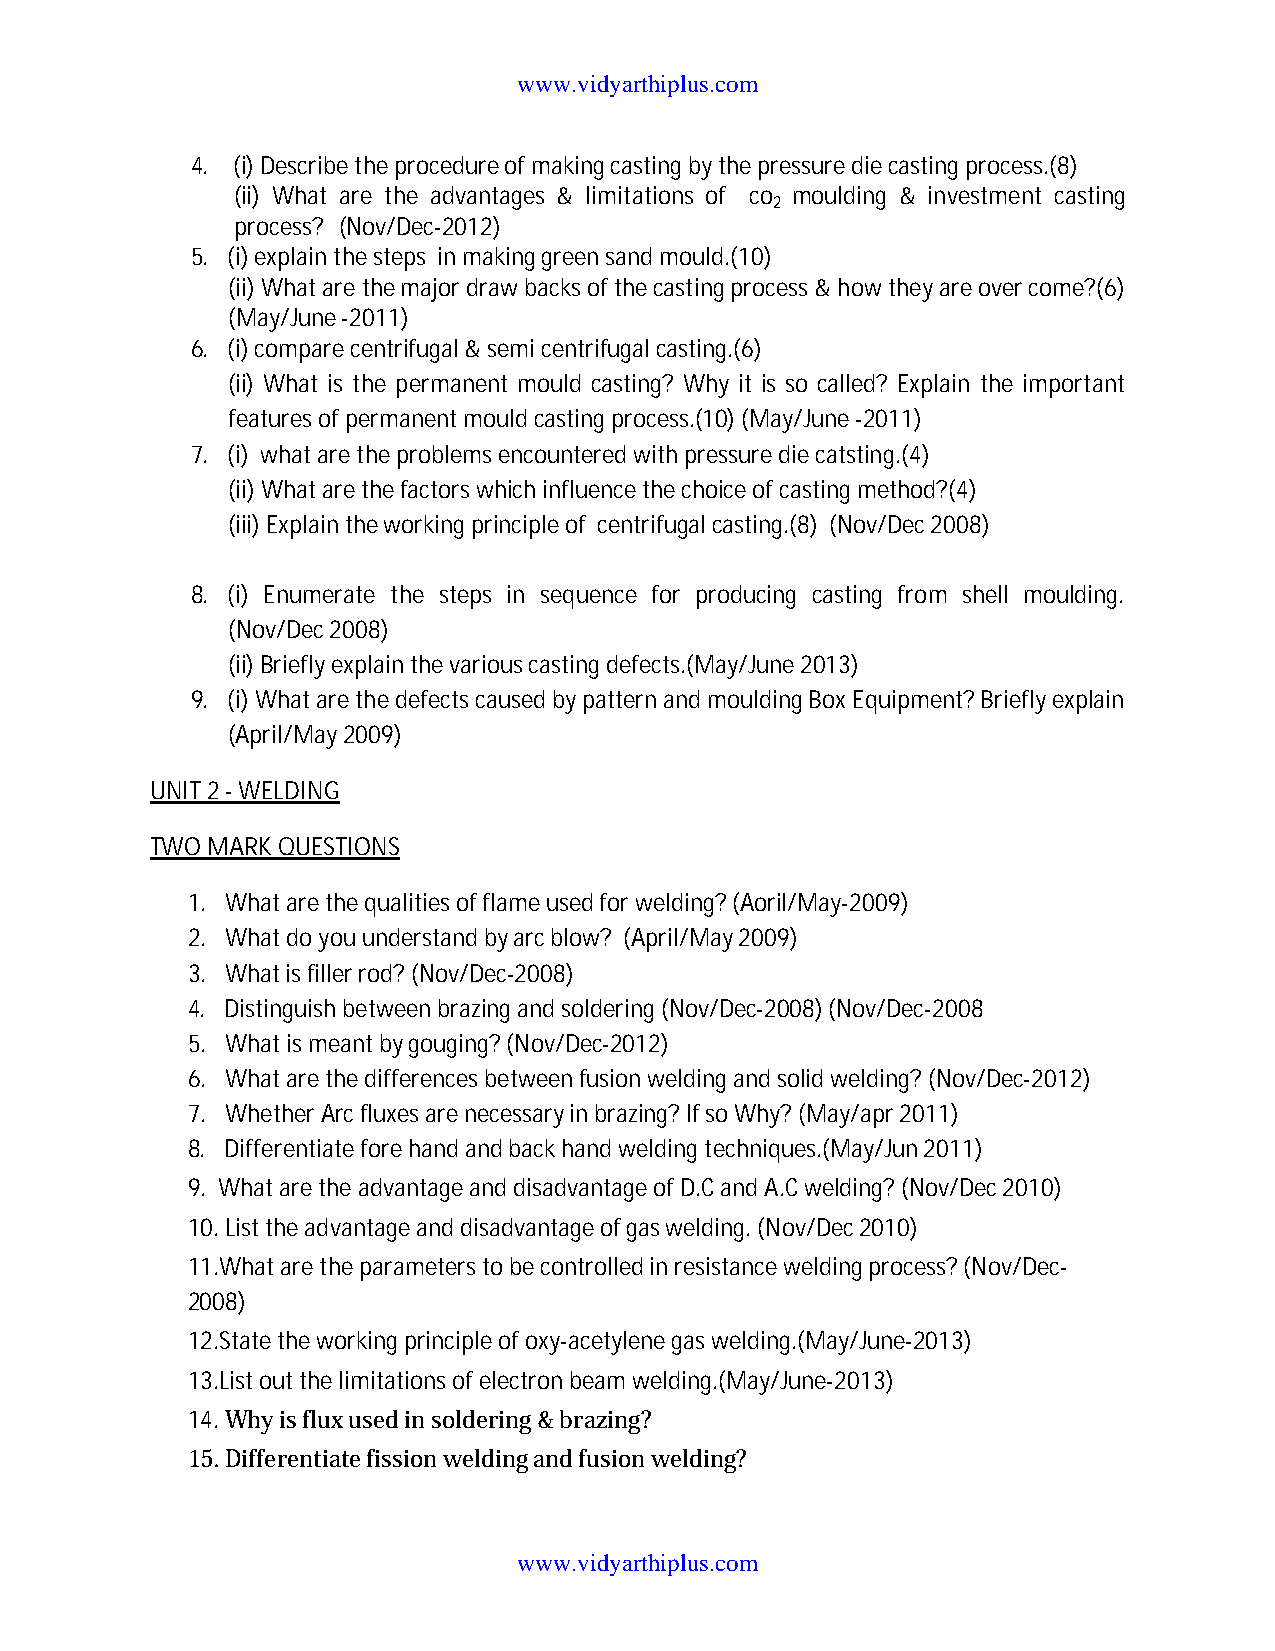
www.vidyarthiplus.com
 4. (i) Describe the procedure of making casting by the pressure die casting process.(8)
 (ii) What are the advantages & limitations of co moulding & investment casting
 2
 process? (Nov/Dec-2012)
 5. (i) explain the steps in making green sand mould.(10)
 (ii) What are the major draw backs of the casting process & how they are over come?(6)
 (May/June -2011)
 6. (i) compare centrifugal & semi centrifugal casting.(6)
 (ii) What is the permanent mould casting? Why it is so called? Explain the important
 features of permanent mould casting process.(10) (May/June -2011)
 7. (i) what are the problems encountered with pressure die catsting.(4)
 (ii) Whatare the factors which influence the choice of casting method?(4)
 (iii) Explainthe working principle of centrifugal casting.(8) (Nov/Dec 2008)
 8. (i) Enumerate the steps in sequence for producing casting from shell moulding.
 (Nov/Dec 2008)
 (ii) Briefly explain the various casting defects.(May/June 2013)
 9. (i) What are the defects caused by pattern and moulding Box Equipment? Briefly explain
 (April/May 2009)
 UNIT 2 -WELDING
 TWO MARK QUESTIONS
 1. What are the qualities of flame used for welding? (Aoril/May-2009)
 2. What do you understand by arc blow? (April/May 2009)
 3. What is filler rod? (Nov/Dec-2008)
 4. Distinguish between brazing and soldering (Nov/Dec-2008) (Nov/Dec-2008
 5. What is meant by gouging? (Nov/Dec-2012)
 6. What are the differences between fusion welding and solid welding? (Nov/Dec-2012)
 7. Whether Arc fluxes are necessary in brazing? If so Why? (May/apr 2011)
 8. Differentiate fore hand and back hand welding techniques.(May/Jun 2011)
 9. What are the advantage and disadvantage of D.C and A.C welding? (Nov/Dec 2010)
 10. List the advantage and disadvantage of gas welding. (Nov/Dec 2010)
 11.What are the parameters to be controlled in resistance welding process? (Nov/Dec-
 2008)
 12.State the working principle of oxy-acetylene gas welding.(May/June-2013)
 13.List out the limitations of electron beam welding.(May/June-2013)
 14.Why is flux used in soldering & brazing?
 15.Differentiate fission welding and fusion welding?
 www.vidyarthiplus.com